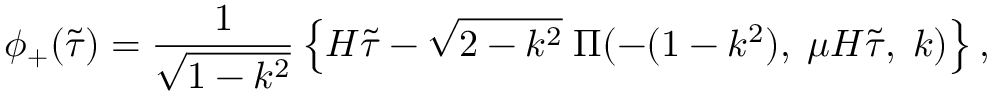
\phi _ { + } ( \tilde { \tau } ) = \frac { 1 } { \sqrt { 1 - k ^ { 2 } } } \left\{ H \tilde { \tau } - \sqrt { 2 - k ^ { 2 } } \; \Pi ( - ( 1 - k ^ { 2 } ) , \; \mu H \tilde { \tau } , \; k ) \right\} ,